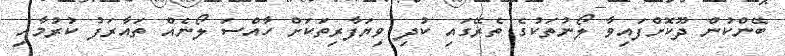
ބޭންކުން ދޫކޮށްފައިވާ ލޯނުތަކުގެ ތެރޭގައި ކުދި ވިޔަފާރިތަކަށް ހާއްސަ ލޯނެއް ތައާރަފު ކުރުމާއި